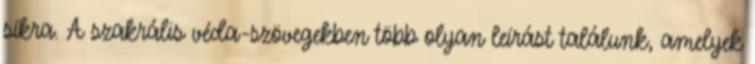
síkra. A szakrális véda-szövegekben több olyan leírást találunk, amelyek